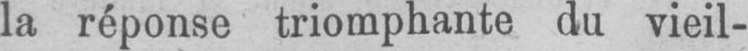
la réponse triomphante du vieil-